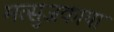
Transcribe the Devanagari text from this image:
मत्सुजकाया